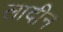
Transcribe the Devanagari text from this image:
लादीन